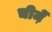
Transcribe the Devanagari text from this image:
चीजे़ं